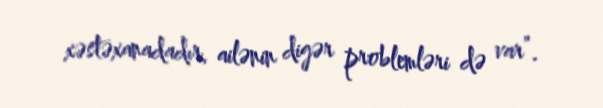
xəstəxanadadır, ailənin digər problemləri də var”.